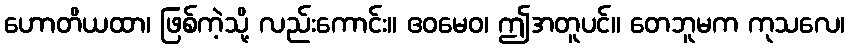
ဟောတိယထာ၊ ဖြစ်ကဲ့သို့ လည်းကောင်း။ ဧဝမေဝ၊ ဤအတူပင်။ တေဘူမက ကုသလေ၊